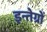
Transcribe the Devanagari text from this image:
इन्तेग्रों